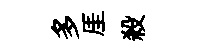
多厓殺